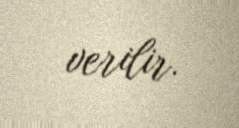
verilir.